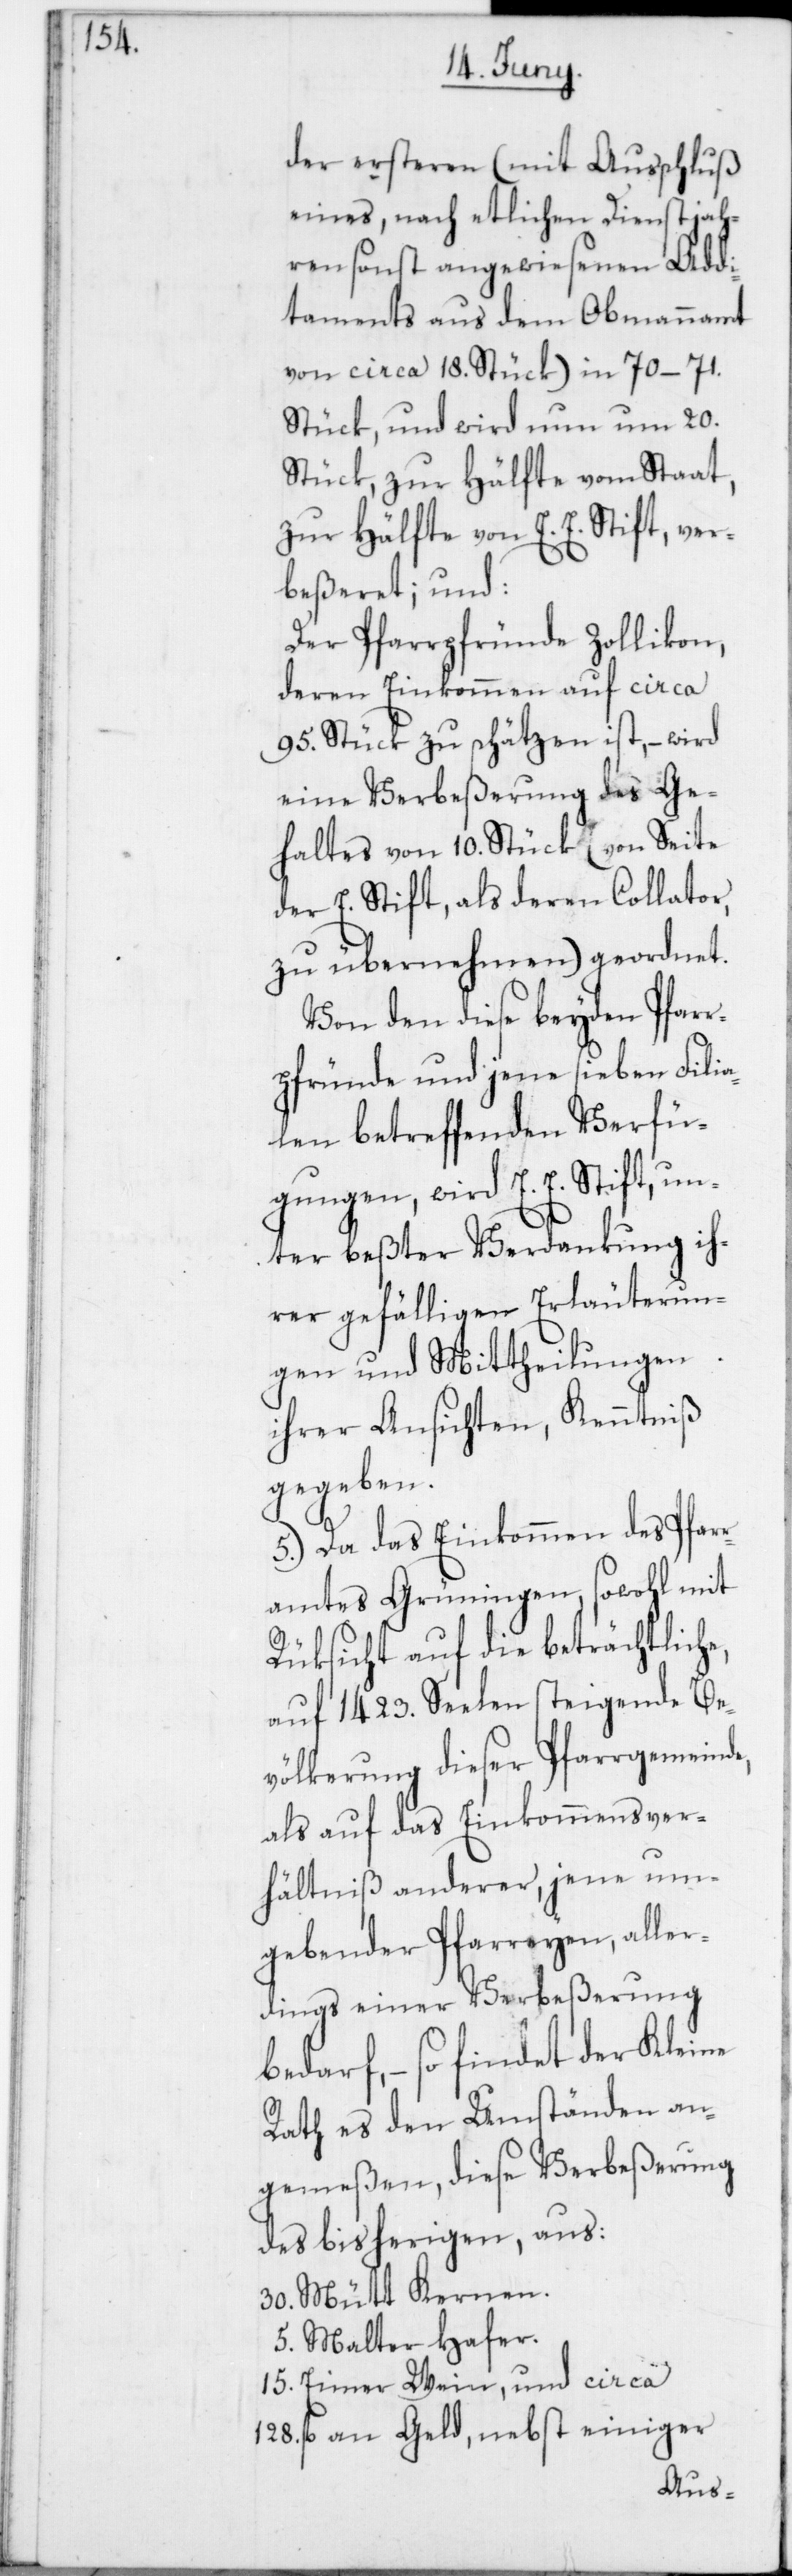
der ersteren (mit Ausschluß
eines, nach etlichen Dienstjah¬
ren sonst angewiesenen Addi¬
tamtents aus dem Obmannamt
von circa 18. Stück) in 70–71.
Stück, und wird nun um 20.
Stück, zur Hälfte vom Staat,
zur Hälfte von E. E. Stift, ver¬
beßeret; und:
Der Pfarrpfründe Zollikon,
deren Einkommen auf circa
95. Stück zu schätzen ist, – wird
eine Verbeßerung des Ge¬
haltes von 10. Stück (von Seite
der E. Stift, als deren Collator,
zu übernehmen) geordnet.
Von den diese beyden Pfarr¬
pfründe und jene sieben Filia¬
len betreffenden Verfü¬
gungen, wird E. E. Stift, un¬
ter beßter Verdankung ih¬
rer gefälligen Erläuterun¬
gen und Mittheilungen
ihrer Ansichten, Kenntniß
gegeben.
5. Da das Einkommen des Pfarr¬
amtes Grüningen, sowohl mit
Rüksicht auf die beträchtliche,
auf 1423. Seelen steigende Be¬
völkerung dieser Pfarrgemeinde,
als auf das Einkommensver¬
hältniß anderer, jene um¬
gebender Pfarreyen, aller¬
dings einer Verbeßerung
bedarf, – so findet der Kleine
Rath es den Umständen an¬
gemeßen, diese Verbeßerung
des bisherigen, aus:
30. Mütt Kernen.
5. Malter Hafer.
15. Eimer Wein, und circa
128. fl. an Geld, nebst einiger